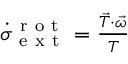
\begin{array} { r } { \dot { \sigma } _ { \mathrm { ~ e ~ x ~ t ~ } } ^ { \mathrm { ~ r ~ o ~ t ~ } } = \frac { \vec { T } \cdot \vec { \omega } } { T } } \end{array}